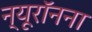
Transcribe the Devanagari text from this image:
न्यूरॉनना